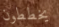
يخططون